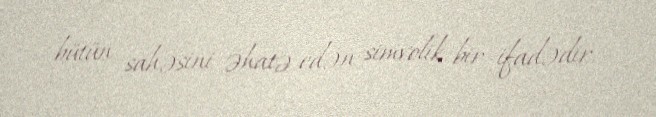
bütün sahəsini əhatə edən simvolik bir ifadədir.